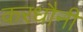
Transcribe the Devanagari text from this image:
करधौनी